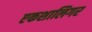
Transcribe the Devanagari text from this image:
एकशालिगर